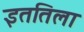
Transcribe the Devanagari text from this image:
इततिला